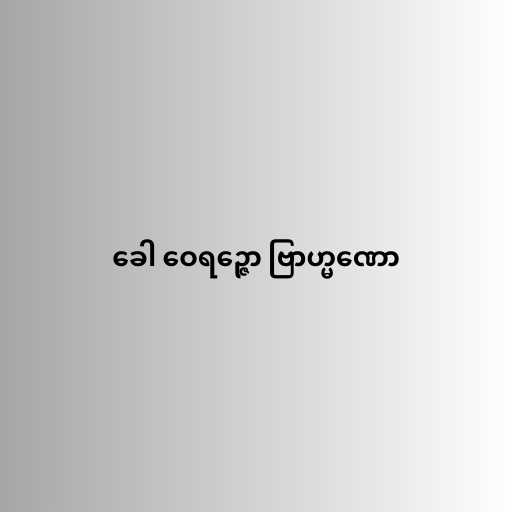
ခေါ ဝေရဉ္ဇော ဗြာဟ္မဏော